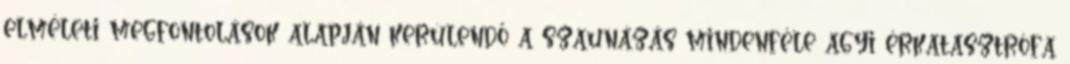
elméleti megfontolások alapján kerülendő a szaunázás mindenféle agyi érkatasztrófa